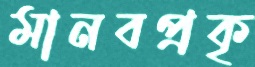
মানবপ্রকৃ